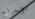
الإخراج